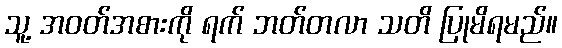
သူ့ အဝတ်အစားကို ရက် ဘတ်တလာ သတိ ပြုမိရမည်။